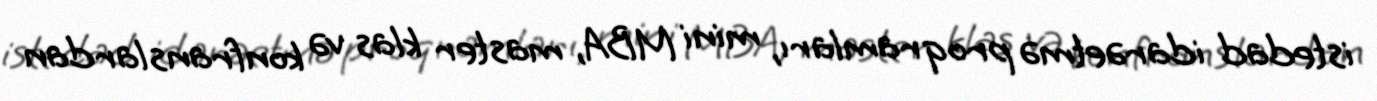
istedad idarəetmə proqramları, mini MBA, master klas və konfranslardan